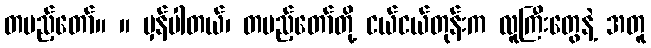
တပည့်တော်။ ။ မှန်ပါတယ်၊ တပည့်တော်တို့ ငယ်ငယ်တုန်းက လူကြီးတွေနဲ့ အတူ